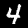
Label: 4